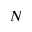
N